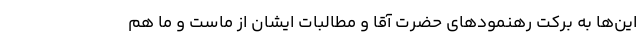
این‌ها به برکت رهنمودهای حضرت آقا و مطالبات ایشان از ماست و ما هم